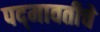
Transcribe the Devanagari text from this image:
पद्‍मावतीचे